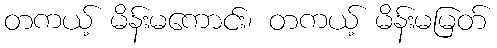
တကယ့် မိန်းမကောင်း၊ တကယ့် မိန်းမမြတ်